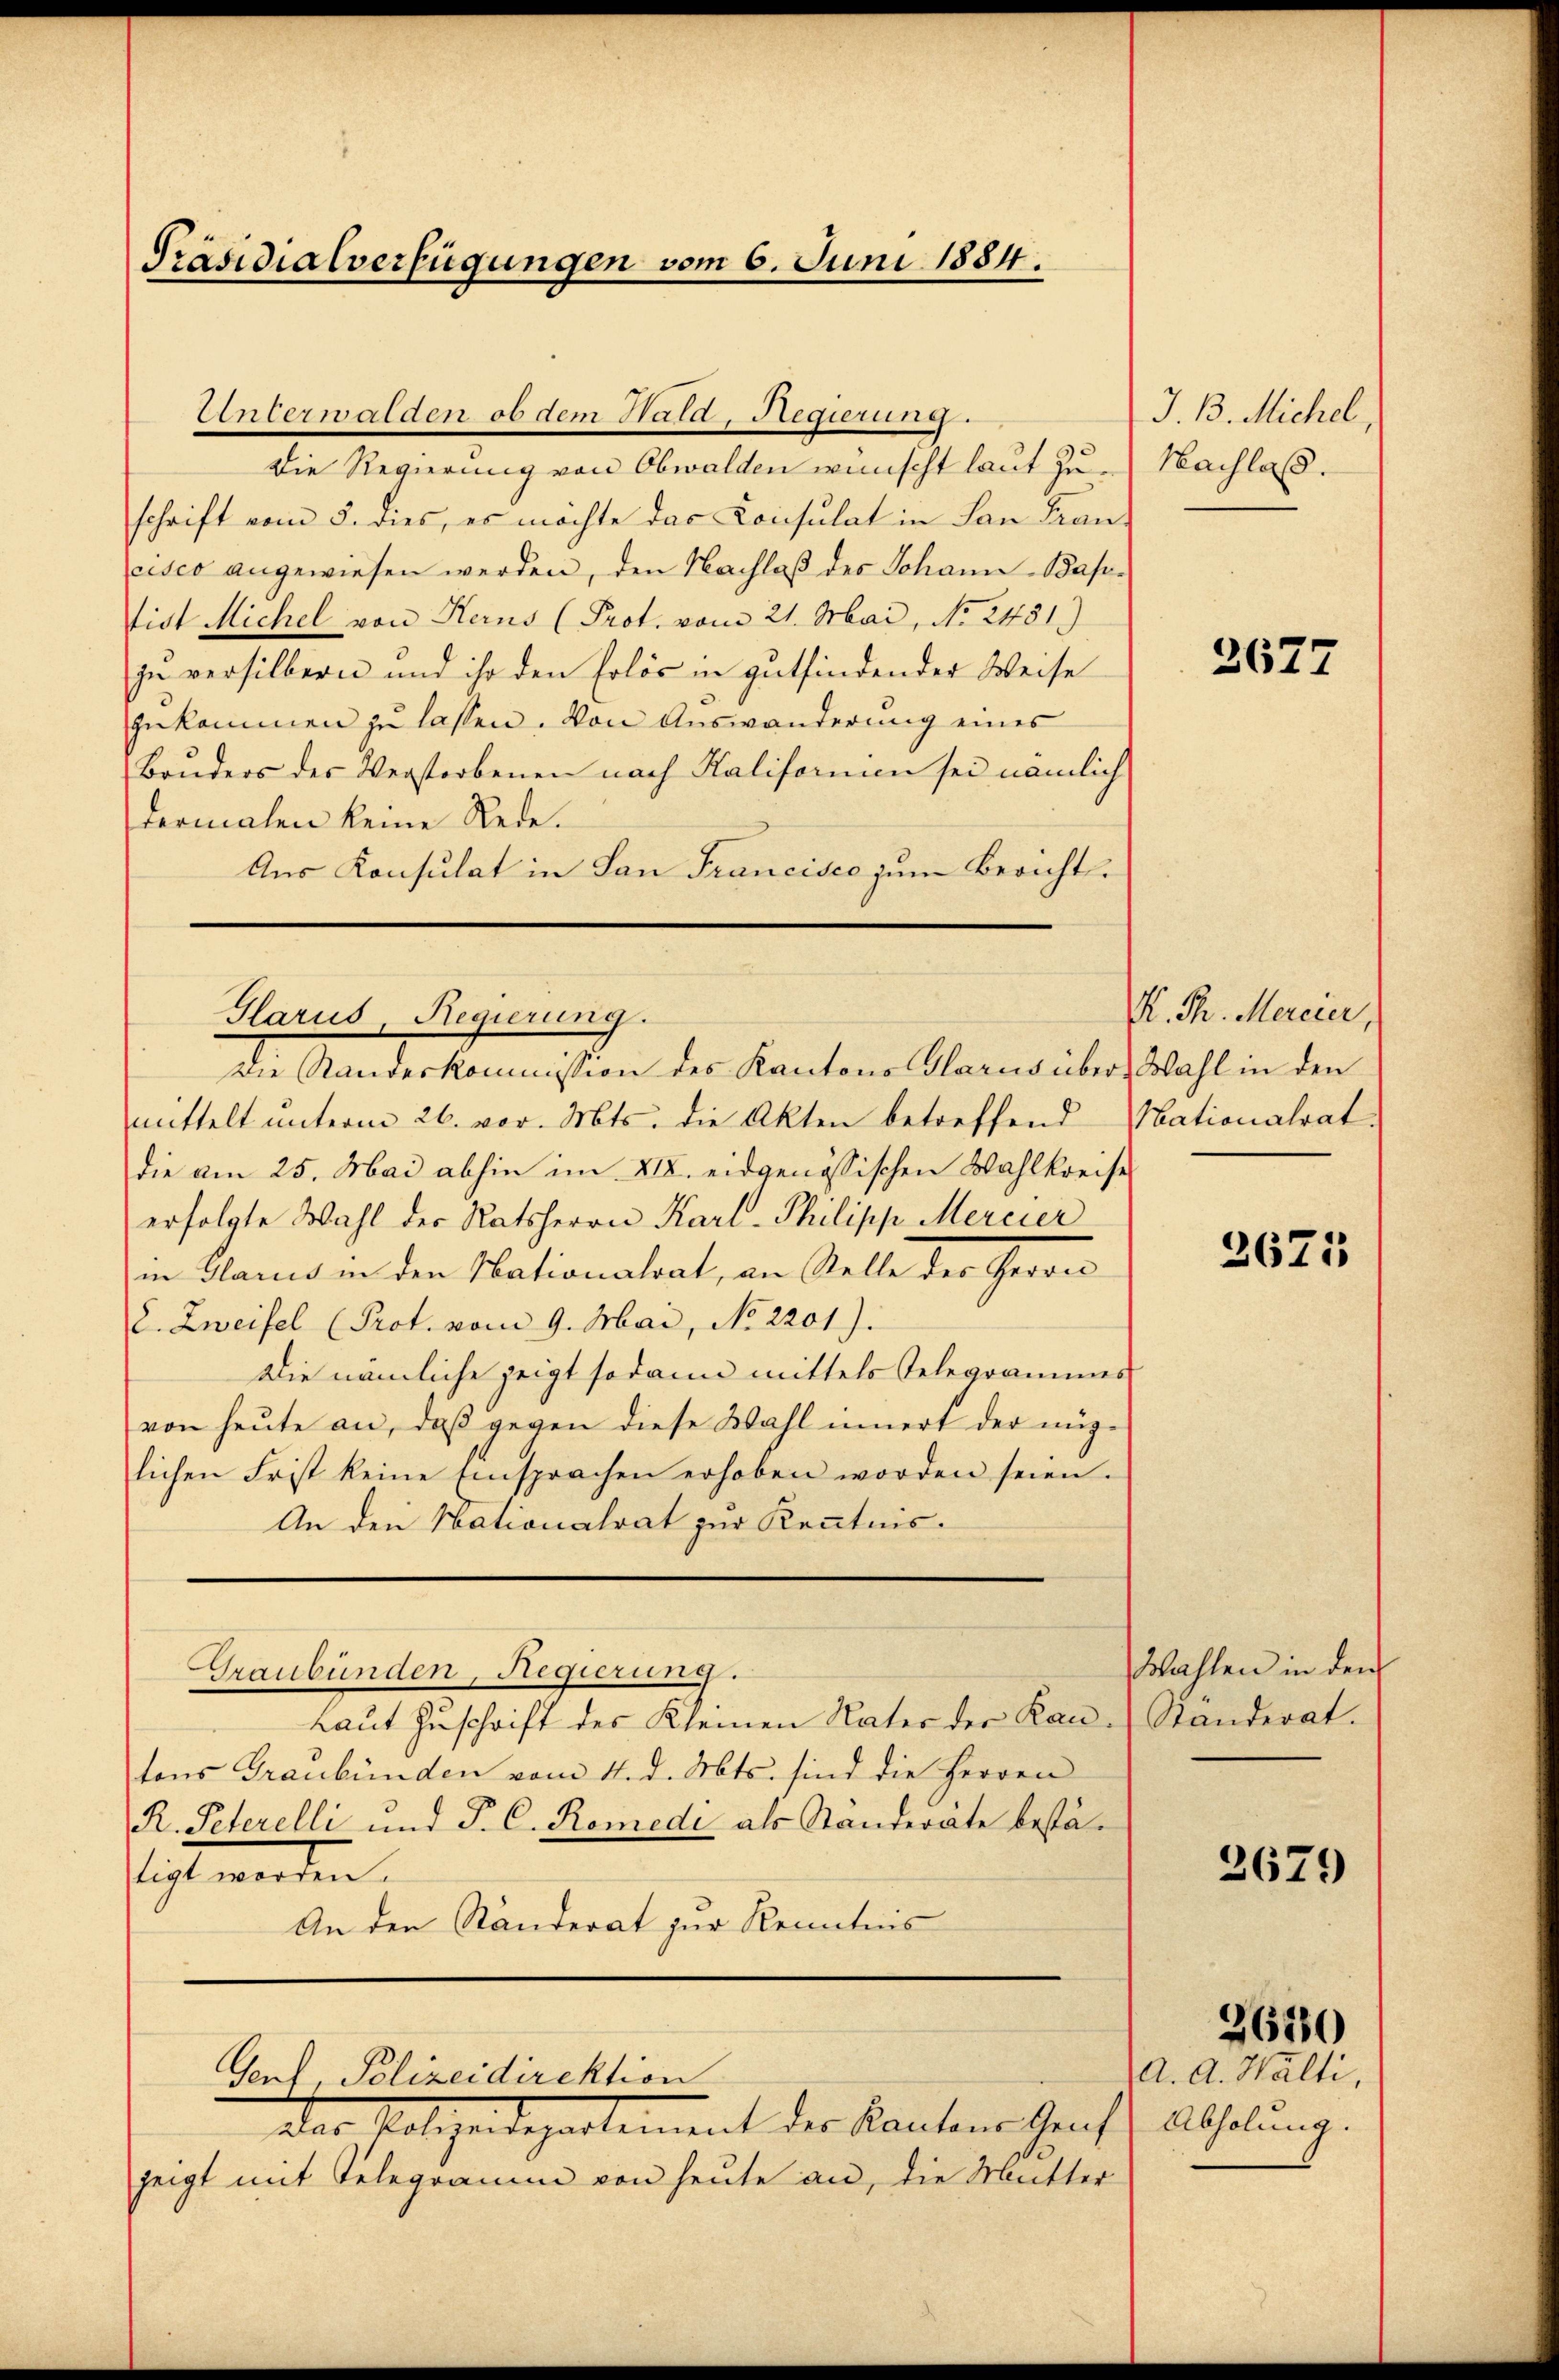
Präsidialverfügungen vom 6. Juni 1884.

Unterwalden ob dem Hald, Regierung.
Die Regierung von Obwalden wünscht laut Zuschrift vom 5. dies, es möchte das Consulat in San Francisco angewiesen werden, den Nachlaß des Johann Basetist Michel von Herns (Prot. vom 21. Mai, No 2451)
zu versilbern und ihr den Erlös in gutfindender Weise
gekommen zu lassen. Von Auswanderung eines
Bruders der Verstorbenen nach Kalifornien sei nämlich
dermalen keine Rede.
Aus Konsulat in San Francisco zum Bericht.
mittelt unterm 26. vor. Mts. die Akten betreffend
die am 25. Mai abhin im XIX. eidgenössischen Wahlkreise
erfolgte Wahl der Ratsherrn Karl-Philipp Mercier
in Glarus in den Nationalrat, an Stelle der Gerord
E. Zweifel (Prot. vom 9. Mai, No. 2201).
Die nämliche zeigt sodann mittels Telegrammer
von heute an, daß gegen diese Wahl innert der nüglichen Frist keine Einsprachen erhoben worden seien.
An den Nationalrat zur Kenntnis.
Graubünden, Regierung.
Laut Zuschrift des Kleinen Vater der Kan-Standerat.
tons Graubünden vom 4. d. Mts. sind die Herren
R. Peterelli und P. C. Romede als Ständeräte bestätigt worden.
An den Ständerat zur Kenntnis
Gent, Polizeidirektion
Das Polizeidepartement der Kantons Graf Abholung.
zeigt mit Telegramm von heute an, die Mutter

Glarus, Regierung.
Die Randeskommission des Kantons Glarus über, Wahl in den

J. B. Michel
Nachlaß.

2677

K. Th. Mercier,
Nationalrat.

2671

Wahlen in dem

2679

3620

(a. a. Walti,